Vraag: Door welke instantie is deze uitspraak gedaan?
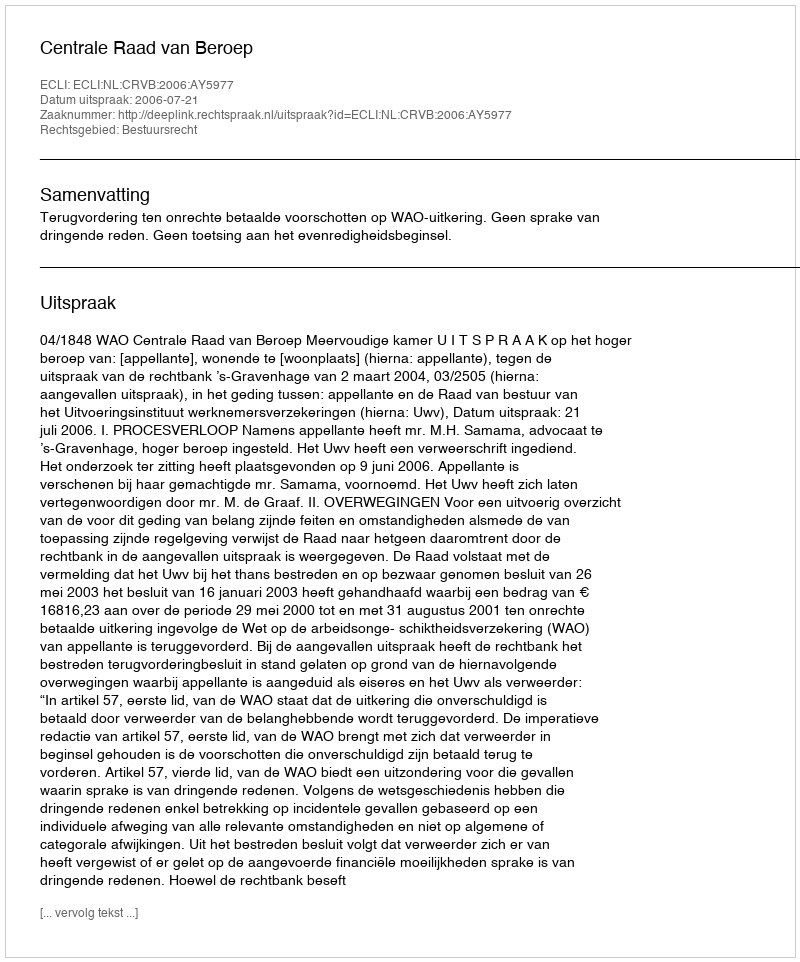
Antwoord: Centrale Raad van Beroep